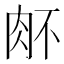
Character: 𰮉